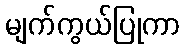
မျက်ကွယ်ပြုကာ